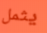
يثمل